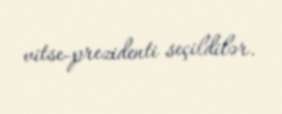
vitse-prezidenti seçildilər.